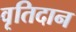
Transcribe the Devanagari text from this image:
वृतिदान